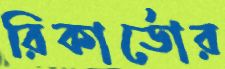
রিকার্ডোর